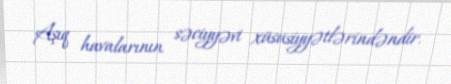
Aşıq havalarının səciyyəvi xüsusiyyətlərindəndir.